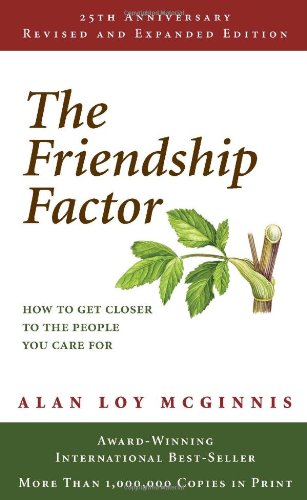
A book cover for The Friendship Factor: How to Get Closer to the People You Care for; Alan Loy McGinnis; Self-Help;